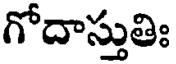
గోదాస్తుతిః